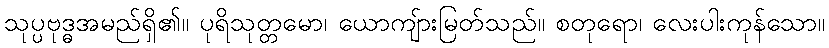
သုပ္ပဗုဒ္ဓအမည်ရှိ၏။ ပုရိသုတ္တမော၊ ယောကျ်ားမြတ်သည်။ စတုရော၊ လေးပါးကုန်သော။